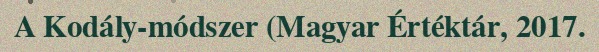
A Kodály-módszer (Magyar Értéktár, 2017.